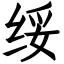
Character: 绥